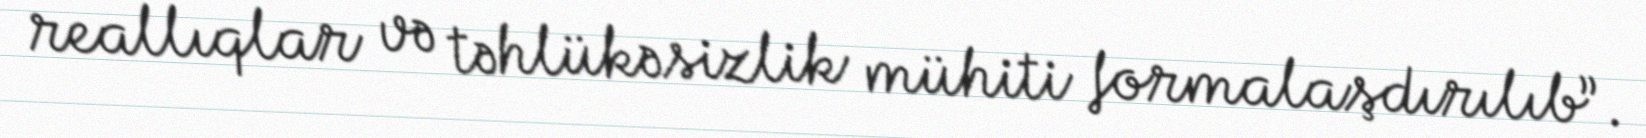
reallıqlar və təhlükəsizlik mühiti formalaşdırılıb”.